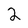
Character: 2